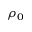
\rho _ { 0 }